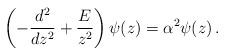
LaTeX: \begin{align*}\left(-\frac{d^{2}}{dz^2}+\frac{E}{z^2}\right)\psi(z)=\alpha^2\psi(z)\,.\end{align*}